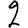
Digit: 2